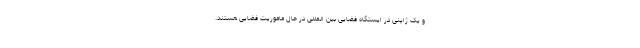
و یک ژاپنی در ایستگاه فضایی بین المللی در حال ماموریت فضایی هستند.